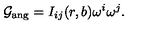
{ \cal G } _ { \mathrm { a n g } } = I _ { i j } ( r , b ) \omega ^ { i } \omega ^ { j } .